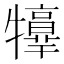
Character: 𤜃